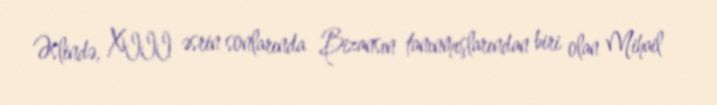
Əslində, XIII əsrin sonlarında Bizansın tanınmışlarından biri olan Mihail